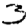
Digit: 3